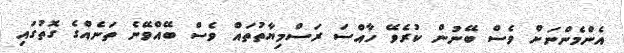
އެންމެންނަށް ވެސް ބޭނުން ކުރެވޭ ހާއްސަ ރަސްމިޔާތުތައް ވެސް ބޭއްވޭނެ ތަނެއްގެ ގޮތުގައި